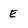
Character: E